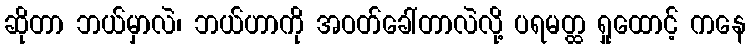
ဆိုတာ ဘယ်မှာလဲ၊ ဘယ်ဟာကို အဝတ်ခေါ်တာလဲလို့ ပရမတ္ထ ရှုထောင့် ကနေ